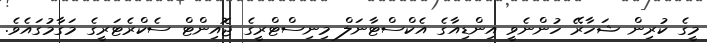
މީގެ ކުރިން ޝަހާރޭ ހުންނެވީ އިންޑިއާގެ އެކްސްޓާނަލް މިނިސްޓްރީގެ ޖޮއިންޓް ސެކްރެޓަރީގެ މަގާމުގައެވެ.